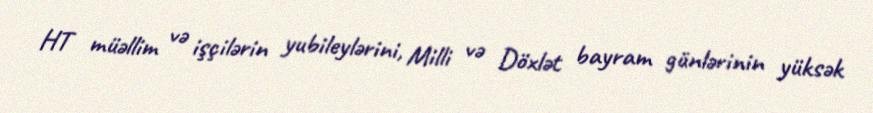
HT müəllim və işçilərin yubileylərini, Milli və Döxlət bayram günlərinin yüksək